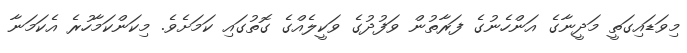
މިވަޑައިގަތީ މަދީނާގެ އަންހެނުގެ ފަރާތުން ވަފުދުގެ ވަކީލެއްގެ ގޮތުގައި ކަމަށެވެ. މިކަންކަމާހުރެ އެކަމަނާ